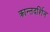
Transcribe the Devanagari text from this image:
क्रान्तदर्शिन